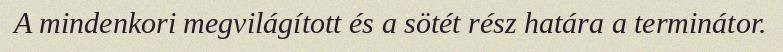
A mindenkori megvilágított és a sötét rész határa a terminátor.